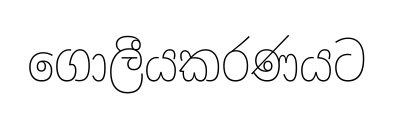
ගොලීයකරණයට